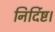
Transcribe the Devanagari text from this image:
निर्दिष्ट।